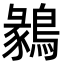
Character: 鶨